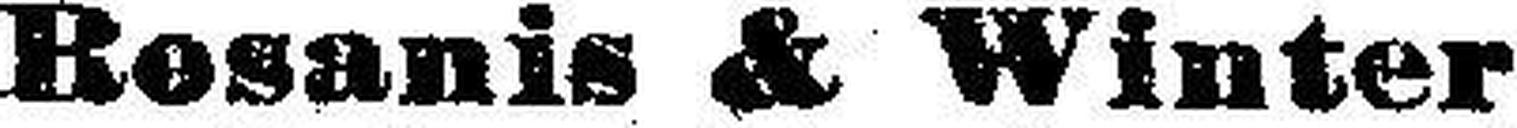
Rosanis & Winter